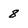
Character: 8